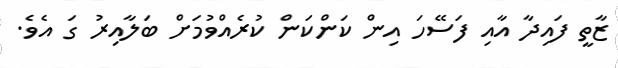
ޒާތީ ފައިދާ އާއި ފަސޭހަ އިން ކަންކަން ކުރެއްވުމަށް ބަލާއިރު ގަ އެވެ.